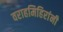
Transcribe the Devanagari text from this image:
वराहमिहिरांनी